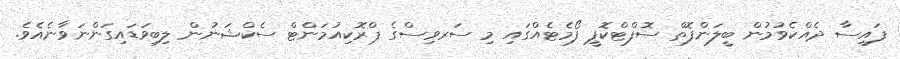
ފައިސާ ދެއްކެވުމުން ބީލަންފޮތް ސޮފްޓްކޮޕީ ފޯމެޓެއްގައި މި ސަރވިސްގެ ޕްރޮކިއުމަންޓް ސެކްޝަނުން ލިބިވަޑައިގަންނަވާނެއެވެ.